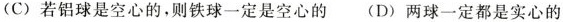
(C)若铝球是空心的，则铁球一定是空心的 (D)两球一定都是实心的